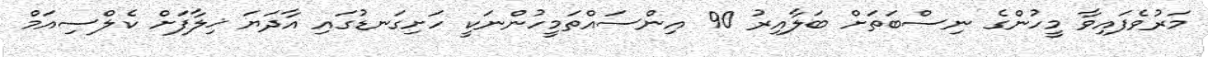
މަރުވެފައިވާ މީހުންގެ ނިސްބަތަށް ބަލާއިރު 90 އިންސައްތަމީހުންނަކީ ހަށިގަނޑުގައި އާދަޔަ ޚިލާފަށް ކެލްސިއަމް